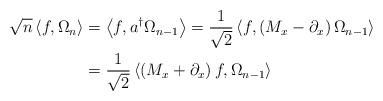
LaTeX: \begin{align*}\sqrt{n}\left\langle f,\Omega_{n}\right\rangle & =\left\langle f,a^{\dag}\Omega_{n-1}\right\rangle =\frac{1}{\sqrt{2}}\left\langle f,\left(M_{x}-\partial_{x}\right) \Omega_{n-1}\right\rangle \\& =\frac{1}{\sqrt{2}}\left\langle \left( M_{x}+\partial_{x}\right)f,\Omega_{n-1}\right\rangle\end{align*}